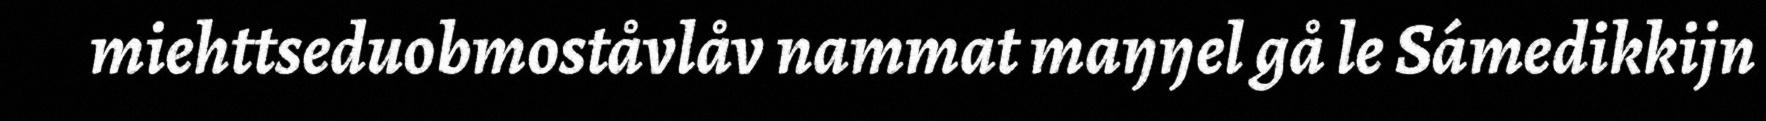
miehttseduobmoståvlåv nammat maŋŋel gå le Sámedikkijn